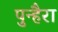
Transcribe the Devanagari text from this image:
पुन्हैरा